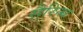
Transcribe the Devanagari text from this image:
सैरिन्ध